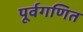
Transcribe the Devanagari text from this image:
पूर्वगणित